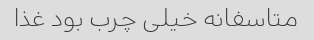
متاسفانه خیلی چرب بود غذا